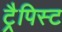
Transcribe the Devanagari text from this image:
ट्रैपिस्ट